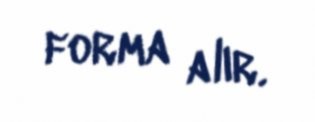
forma alır.